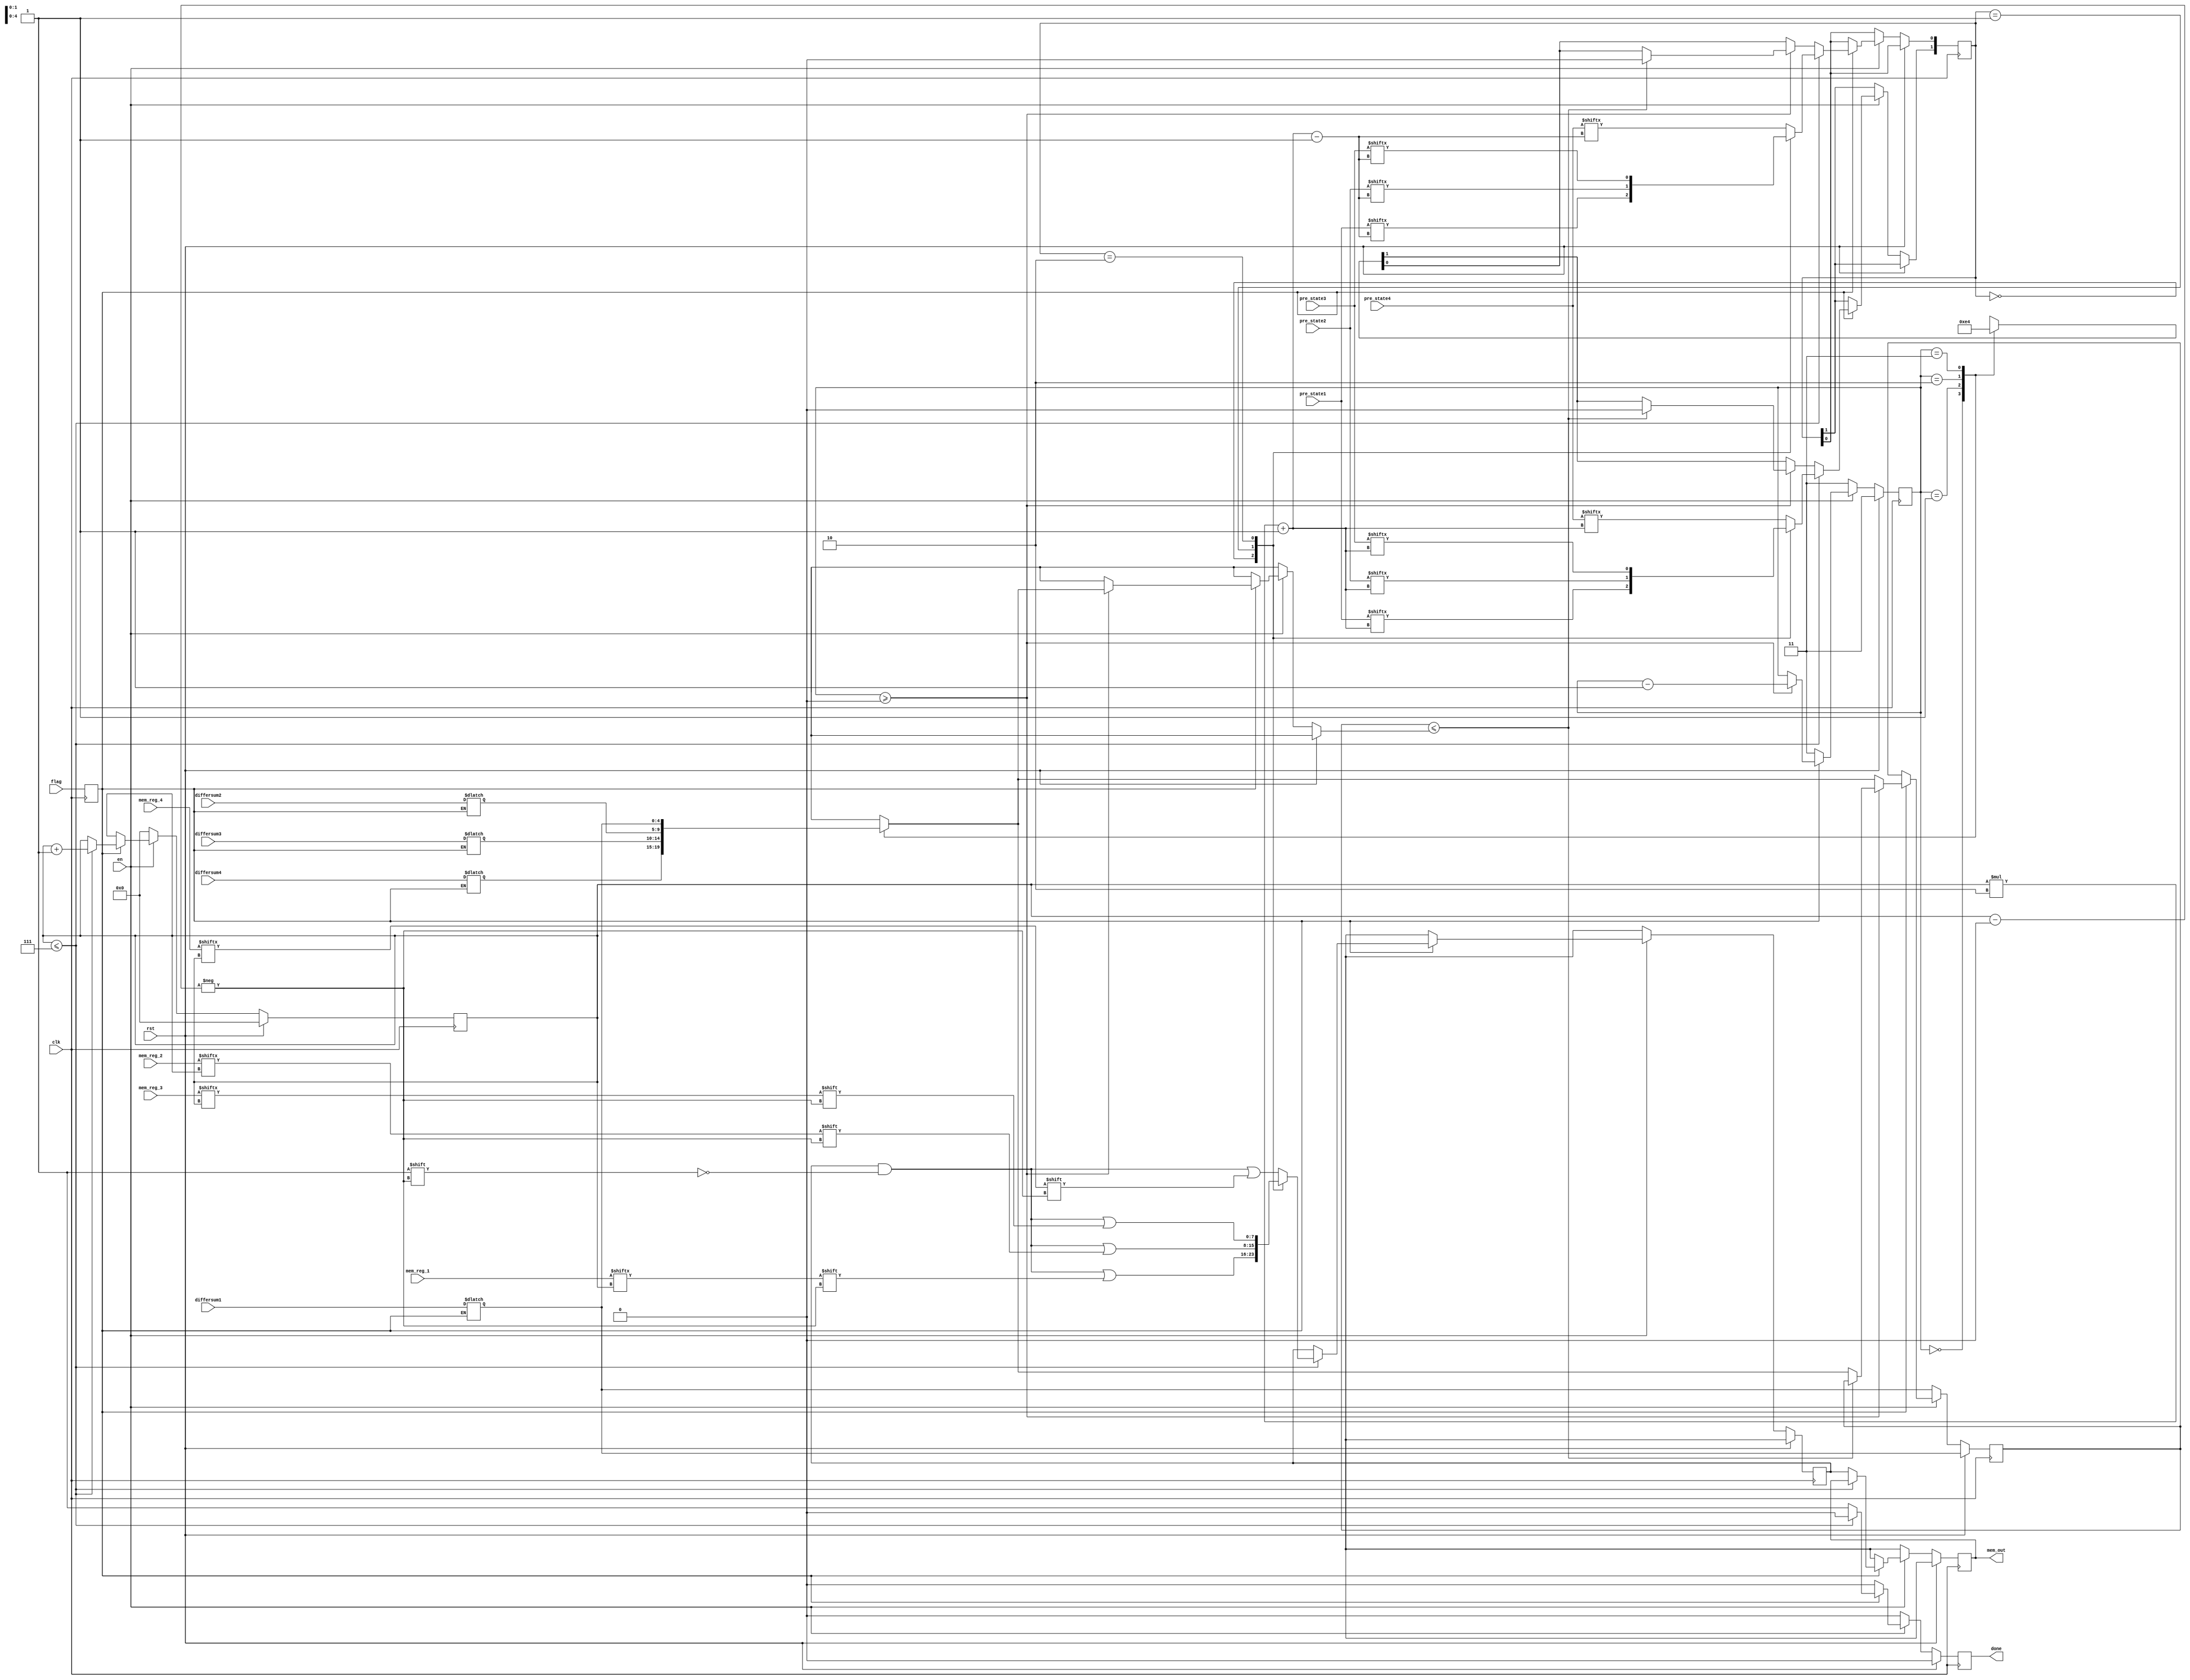
`timescale 1ns / 1ps
//////////////////////////////////////////////////////////////////////////////////
// Company: 
// Engineer: 
// 
// Design Name: 
// Module Name: traceback
// Project Name: 
// Target Devices: 
// Tool Versions: 
// Description: 
// 
// Dependencies: 
// 
// Revision:
// Revision 0.01 - File Created
// Additional Comments:
// 
//////////////////////////////////////////////////////////////////////////////////


module traceback(
input clk,
input rst,
input en,
input [4:0] differsum1,
input [7:0] mem_reg_1,
input [15:0] pre_state1,
input [4:0] differsum2,
input [7:0] mem_reg_2,
input [15:0] pre_state2,
input [4:0] differsum3,
input [7:0] mem_reg_3,
input [15:0] pre_state3,
input [4:0] differsum4,
input [7:0] mem_reg_4,
input [15:0] pre_state4,
input flag,
output reg [7:0] mem_out,
output reg done
    );
wire [4:0] A[3:0];
wire [1:0] B[3:0];
reg [1:0] cur_state = 0;
reg [4:0] min; 
reg [1:0] count = 0;
reg [3:0] i = 0;
reg [4:0] k = 0;
reg flag_dl;
reg [7:0] pre_mem_out;
assign A[3] = (flag_dl == 1)?differsum1:A[3];
assign A[2] = (flag_dl == 1)?differsum2:A[2];
assign A[1] = (flag_dl == 1)?differsum3:A[1];
assign A[0] = (flag_dl == 1)?differsum4:A[0];
assign B[3] = 2'b00;
assign B[2] = 2'b01;
assign B[1] = 2'b10;
assign B[0] = 2'b11;
always @(posedge clk)
begin
    flag_dl <= flag;
end
always @(posedge clk)
if(rst)
begin
    done <= 0;
    //mem_out <= 8'b00000000;
    pre_mem_out <= 8'bxxxxxxxx;
    mem_out <= 8'bxxxxxxxx;
    count <= 2'd3;
    min <= A[3];
    i <= 0;
end
else  
begin
    if(!en)
    begin
        done <= 0;
        //mem_out <= 8'b00000000;
        pre_mem_out <= 8'bxxxxxxxx;
        mem_out <= 8'bxxxxxxxx;
        count <= 2'd3;
        min <= A[3];
        i <= 0;
    end
    else
        if(flag_dl)
        begin
            if(count >= 0)
            begin
                if(min <= A[count])
                begin
                    min <= min;
                    cur_state <= B[3];
                end
                else
                begin
                    min <= A[count];
                    cur_state <= B[count];
                end
                count <= count - 1;
            end
            else
            begin
                min <= A[count];
                cur_state <= B[count];
            end
        
        if(i <= 7)
        begin
            k = i * 2 + 1;
            done <= 0;
            case(cur_state)
            2'b00:
            begin
                pre_mem_out[i] <= mem_reg_1[i];
                cur_state[1] <= pre_state1[k];
                cur_state[0] <= pre_state1[k - 1];
            end
            2'b01:
            begin
                pre_mem_out[i] <= mem_reg_2[i];
                cur_state[1] <= pre_state2[k];
                cur_state[0] <= pre_state2[k - 1];
            end
            2'b10:
            begin
                pre_mem_out[i] <= mem_reg_3[i];
                cur_state[1] <= pre_state3[k];
                cur_state[0] <= pre_state3[k - 1];
            end
            default:
            begin
                pre_mem_out[i] <= mem_reg_4[i];
                cur_state[1] <= pre_state4[k];
                cur_state[0] <= pre_state4[k - 1];
            end
            endcase
            i <= i + 1;
        end
        else
        begin
            done <= 1;
            mem_out <= pre_mem_out;
        end
    end
        else
        begin
            done <= 0;
            //mem_out <= 8'b00000000;
            pre_mem_out <= 8'bxxxxxxxx;
            mem_out <= 8'bxxxxxxxx;
            count <= 2'd3;
        end
end

endmodule